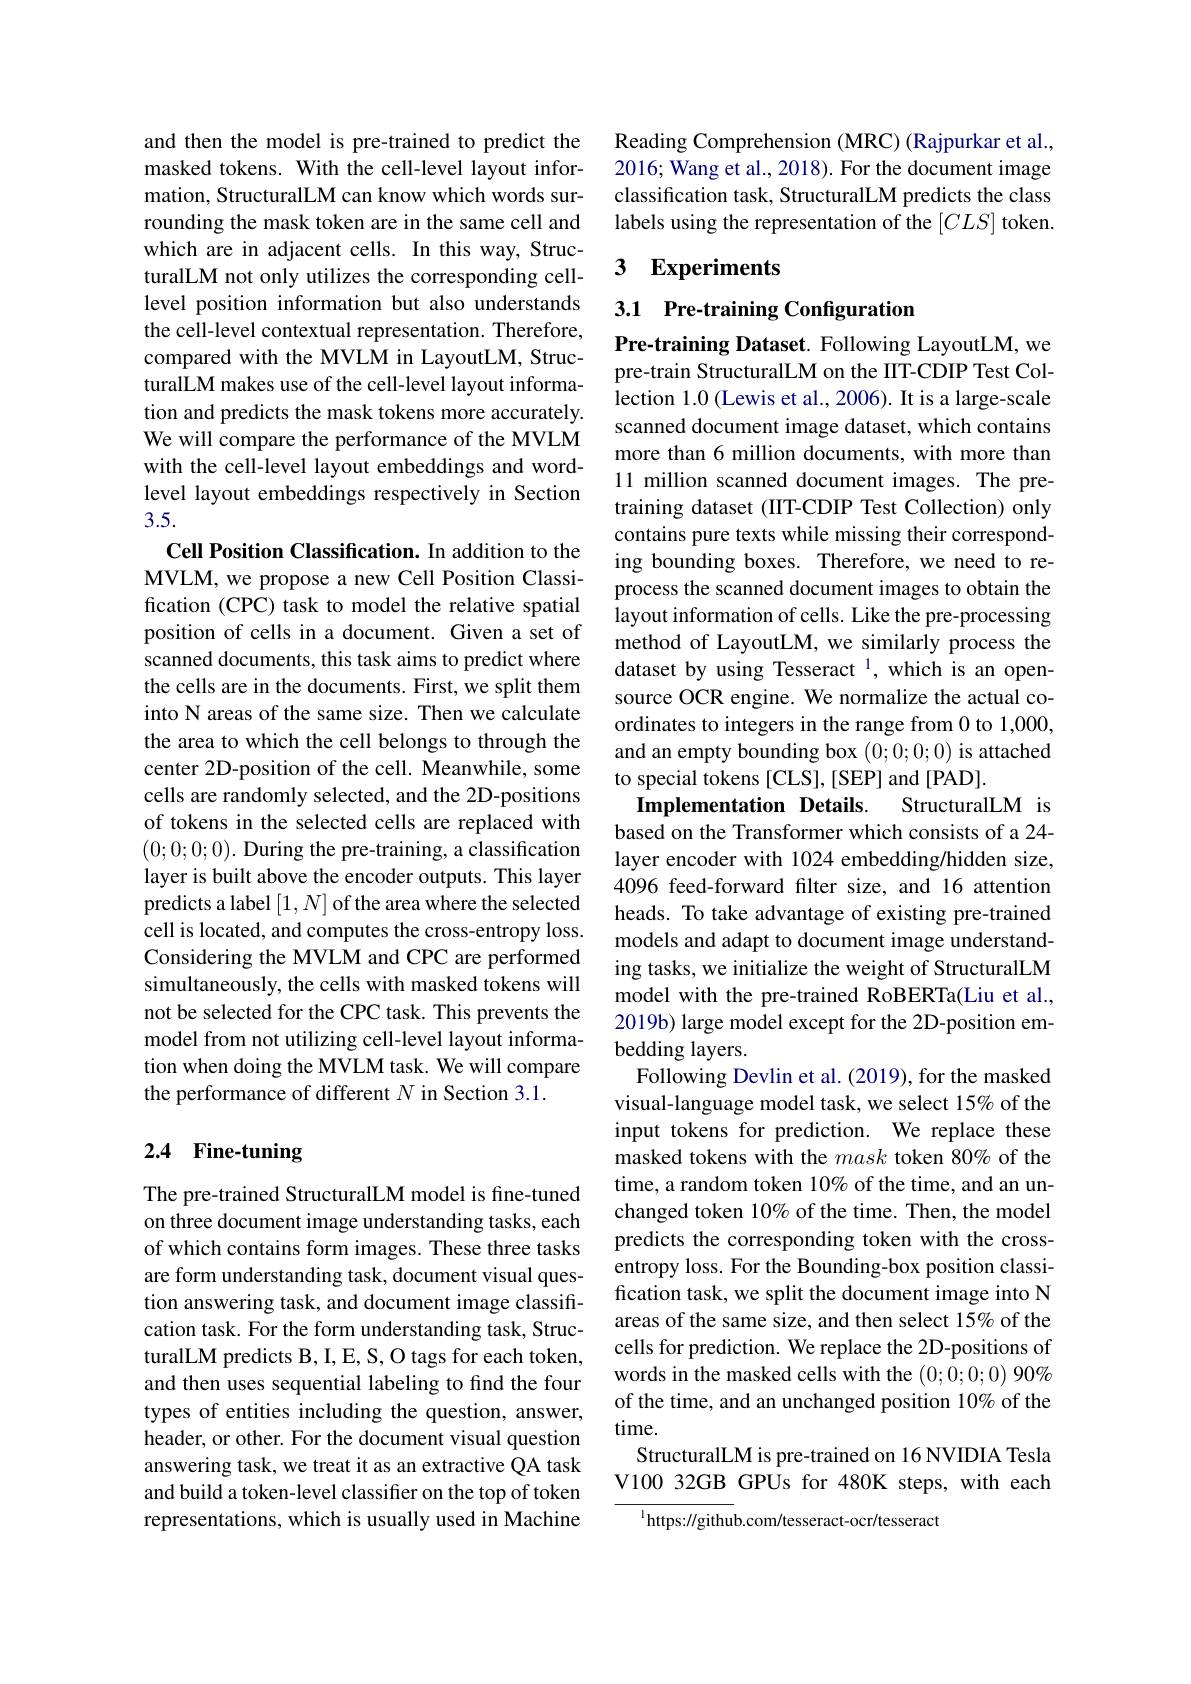
and then the model is pre-trained to predict the masked tokens. With the cell-level layout information, StructuralLM can know which words surrounding the mask token are in the same cell and which are in adjacent cells. In this way, StructuralLM not only utilizes the corresponding celllevel position information but also understands the cell-level contextual representation. Therefore, compared with the MVLM in LayoutLM, StructuralLM makes use of the cell-level layout information and predicts the mask tokens more accurately. We will compare the performance of the MVLM with the cell-level layout embeddings and wordlevel layout embeddings respectively in Section 3.5.

Cell Position Classification. In addition to the MVLM, we propose a new Cell Position Classification (CPC) task to model the relative spatial position of cells in a document. Given a set of scanned documents, this task aims to predict where the cells are in the documents. First, we split them into N areas of the same size. Then we calculate the area to which the cell belongs to through the center 2D-position of the cell. Meanwhile, some cells are randomly selected, and the 2D-positions of tokens in the selected cells are replaced with (0;0;0;0). During the pre-training, a classification layer is built above the encoder outputs. This layer predicts a label $[1,N]$ of the area where the selected cell is located, and computes the cross-entropy loss. Considering the MVLM and CPC are performed simultaneously, the cells with masked tokens will not be selected for the CPC task. This prevents the model from not utilizing cell-level layout information when doing the MVLM task. We will compare the performance of different $N$ in Section 3.1.

## 2.4 Fine-tuning

The pre-trained StructuralLM model is fine-tuned on three document image understanding tasks, each of which contains form images. These three tasks are form understanding task, document visual question answering task, and document image classification task. For the form understanding task, StructuralLM predicts B, I, E, S, O tags for each token, and then uses sequential labeling to find the four types of entities including the question, answer, header, or other. For the document visual question answering task, we treat it as an extractive QA task and build a token-level classifier on the top of token representations, which is usually used in Machine

Reading Comprehension (MRC) (Rajpurkar et al., 2016; Wang et al., 2018). For the document image classification task, StructuralLM predicts the class labels using the representation of the $[CLS]$ token.

## 3 Experiments

3.1 Pre-training Configuration

Pre-training Dataset. Following LayoutLM, we pre-train StructuralLM on the IIT-CDIP Test Collection 1.0 (Lewis et al.,2006). It is a large-scale scanned document image dataset, which contains more than 6 million documents, with more than 11 million scanned document images. The pretraining dataset (IIT-CDIP Test Collection) only contains pure texts while missing their corresponding bounding boxes. Therefore, we need to reprocess the scanned document images to obtain the layout information of cells. Like the pre-processing method of LayoutLM, we similarly process the dataset by using Tesseract $^{1}$, which is an opensource OCR engine. We normalize the actual coordinates to integers in the range from 0 to 1,000, and an empty bounding box (0;0;0;0) is attached to special tokens [CLS], [SEP] and .
Implementation Details. StructuralLM is based on the Transformer which consists of a 24- layer encoder with 1024 embedding/hidden size, 4096 feed-forward filter size, and 16 attention heads. To take advantage of existing pre-trained models and adapt to document image understanding tasks, we initialize the weight of StructuralLM model with the pre-trained RoBERTa(Liu et al., 2019b) large model except for the 2D-position embedding layers.
Following Devlin et al. (2019), for the masked visual-language model task, we select 15% of the input tokens for prediction. We replace these masked tokens with the mask token 80% of the time, a random token 10% of the time, and an unchanged token 10% of the time. Then, the model predicts the corresponding token with the crossentropy loss. For the Bounding-box position classification task, we split the document image into N areas of the same size, and then select 15% of the cells for prediction. We replace the 2D-positions of words in the masked cells with the (0;0;0;0) 90% of the time, and an unchanged position 10% of the time.
StructuralLM is pre-trained on 16 NVIDIA Tesla V100 32GB GPUs for 480K steps, with each
$^{1}$https://github.com/tesseract-ocr/tesseract